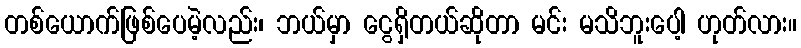
တစ်ယောက်ဖြစ်ပေမဲ့လည်း၊ ဘယ်မှာ ငွေရှိတယ်ဆိုတာ မင်း မသိဘူးပေါ့ ဟုတ်လား။